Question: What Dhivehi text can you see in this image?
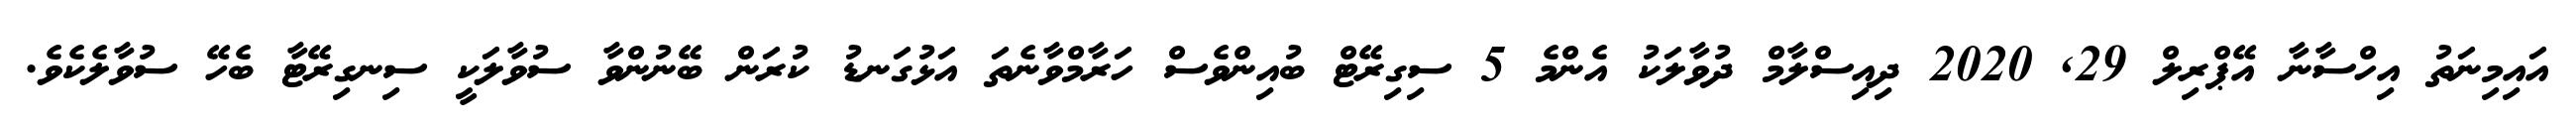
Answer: އައިމިނަތު އިހްސާނާ އޭޕްރިލް 29, 2020 ދިއިސްލާމް ދުވާލަކު އެންމެ 5 ސިގިރޭޓް ބުއިންވެސް ހަރާމްވާނެތަ އަޅުގަނޑު ކުރަން ބޭނުންވާ ސުވާލަކީ ސިނގިރޭޓާ ބެހޭ ސުވާލެކެވެ.